Report on malaria in the Punjab during the year ...  together with an account of the work of the Punjab Malaria Bureau - Volume 1
Disease focus: Malaria
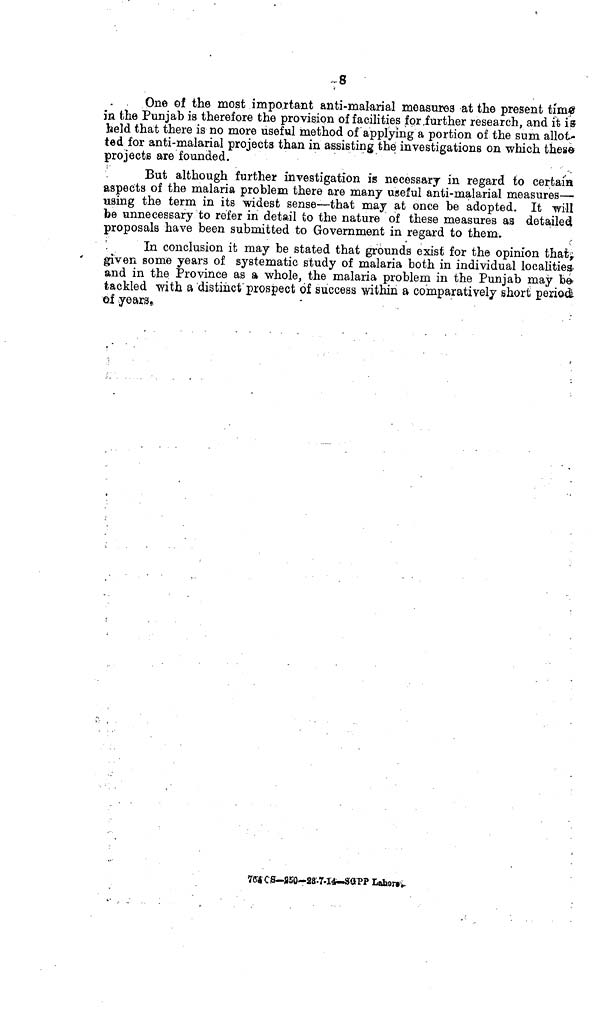
8
One of the most important anti-malarial measures at the present time
in the Punjab is therefore the provision of facilities for further research, and it is
held that there is no more useful method of applying a portion of the sum allot
ted for anti-malarial projects than in assisting the investigations on which these
projects are founded.
But although further investigation is necessary in regard to certain
aspects of the malaria problem there are many useful anti-malarial measures-
using the term in its widest sense—that may at once be adopted. It will
be unnecessary to refer in detail to the nature of these measures as detailed
proposals have been submitted to Government in regard to them.
In conclusion it may be stated that grounds exist for the opinion that;
given some years of systematic study of malaria both in individual localities,
and in the Province as a whole, the malaria problem in the Punjab may be
tackled with a distinct prospect of success within a comparatively short period
of years.
—28-7-14-SOPP Lahore.